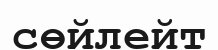
сөйлейт